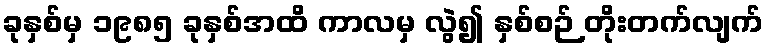
ခုနှစ်မှ ၁၉၈၅ ခုနှစ်အထိ ကာလမှ လွဲ၍ နှစ်စဉ် တိုးတက်လျက်